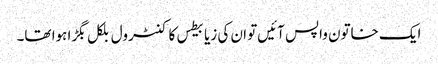
ایک خاتون واپس آئیں‌تو ان کی زیابیطس کا کنٹرول بلکل بگڑا ہوا تھا۔